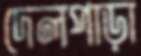
দেলপাড়া